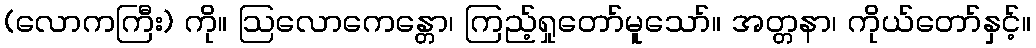
(လောကကြီး) ကို။ ဩလောကေန္တော၊ ကြည့်ရှုတော်မူသော်။ အတ္တနာ၊ ကိုယ်တော်နှင့်။